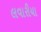
લવારીયા